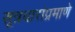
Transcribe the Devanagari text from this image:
सूत्रधारांप्रमाणे